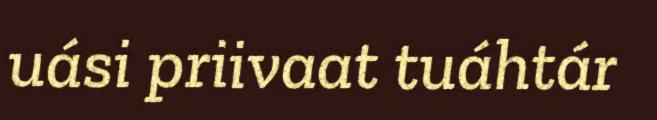
uási priivaat tuáhtár